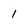
Character: I